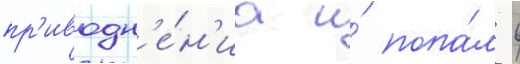
пр'иводн'е́н'иа и́ попа́л в